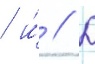
/ и́ // Д